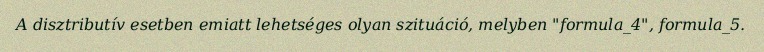
A disztributív esetben emiatt lehetséges olyan szituáció, melyben "formula_4", formula_5.